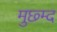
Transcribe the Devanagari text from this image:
मुछ्म्द